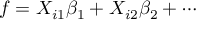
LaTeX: f = X _ { i 1 } \beta _ { 1 } + X _ { i 2 } \beta _ { 2 } + \cdots